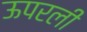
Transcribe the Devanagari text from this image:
ऊपरली